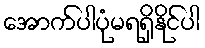
အောက်ပါပုံမရရှိနိုင်ပါ